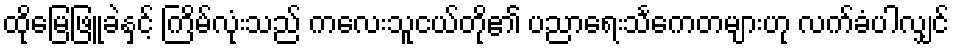
ထိုမြေဖြူခဲနှင့် ကြိမ်လုံးသည် ကလေးသူငယ်တို၏ ပညာရေးသင်္ကေတများဟု လက်ခံပါလျှင်